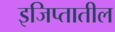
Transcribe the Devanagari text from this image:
इजिप्तातील